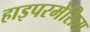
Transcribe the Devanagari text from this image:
हाइपरमेसिस